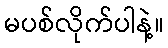
မပစ်လိုက်ပါနဲ့။